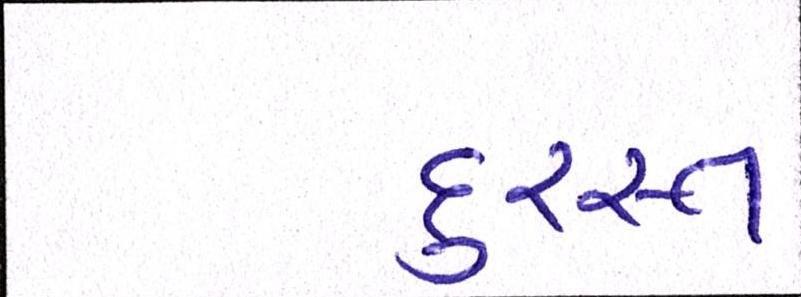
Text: દુરસ્ત